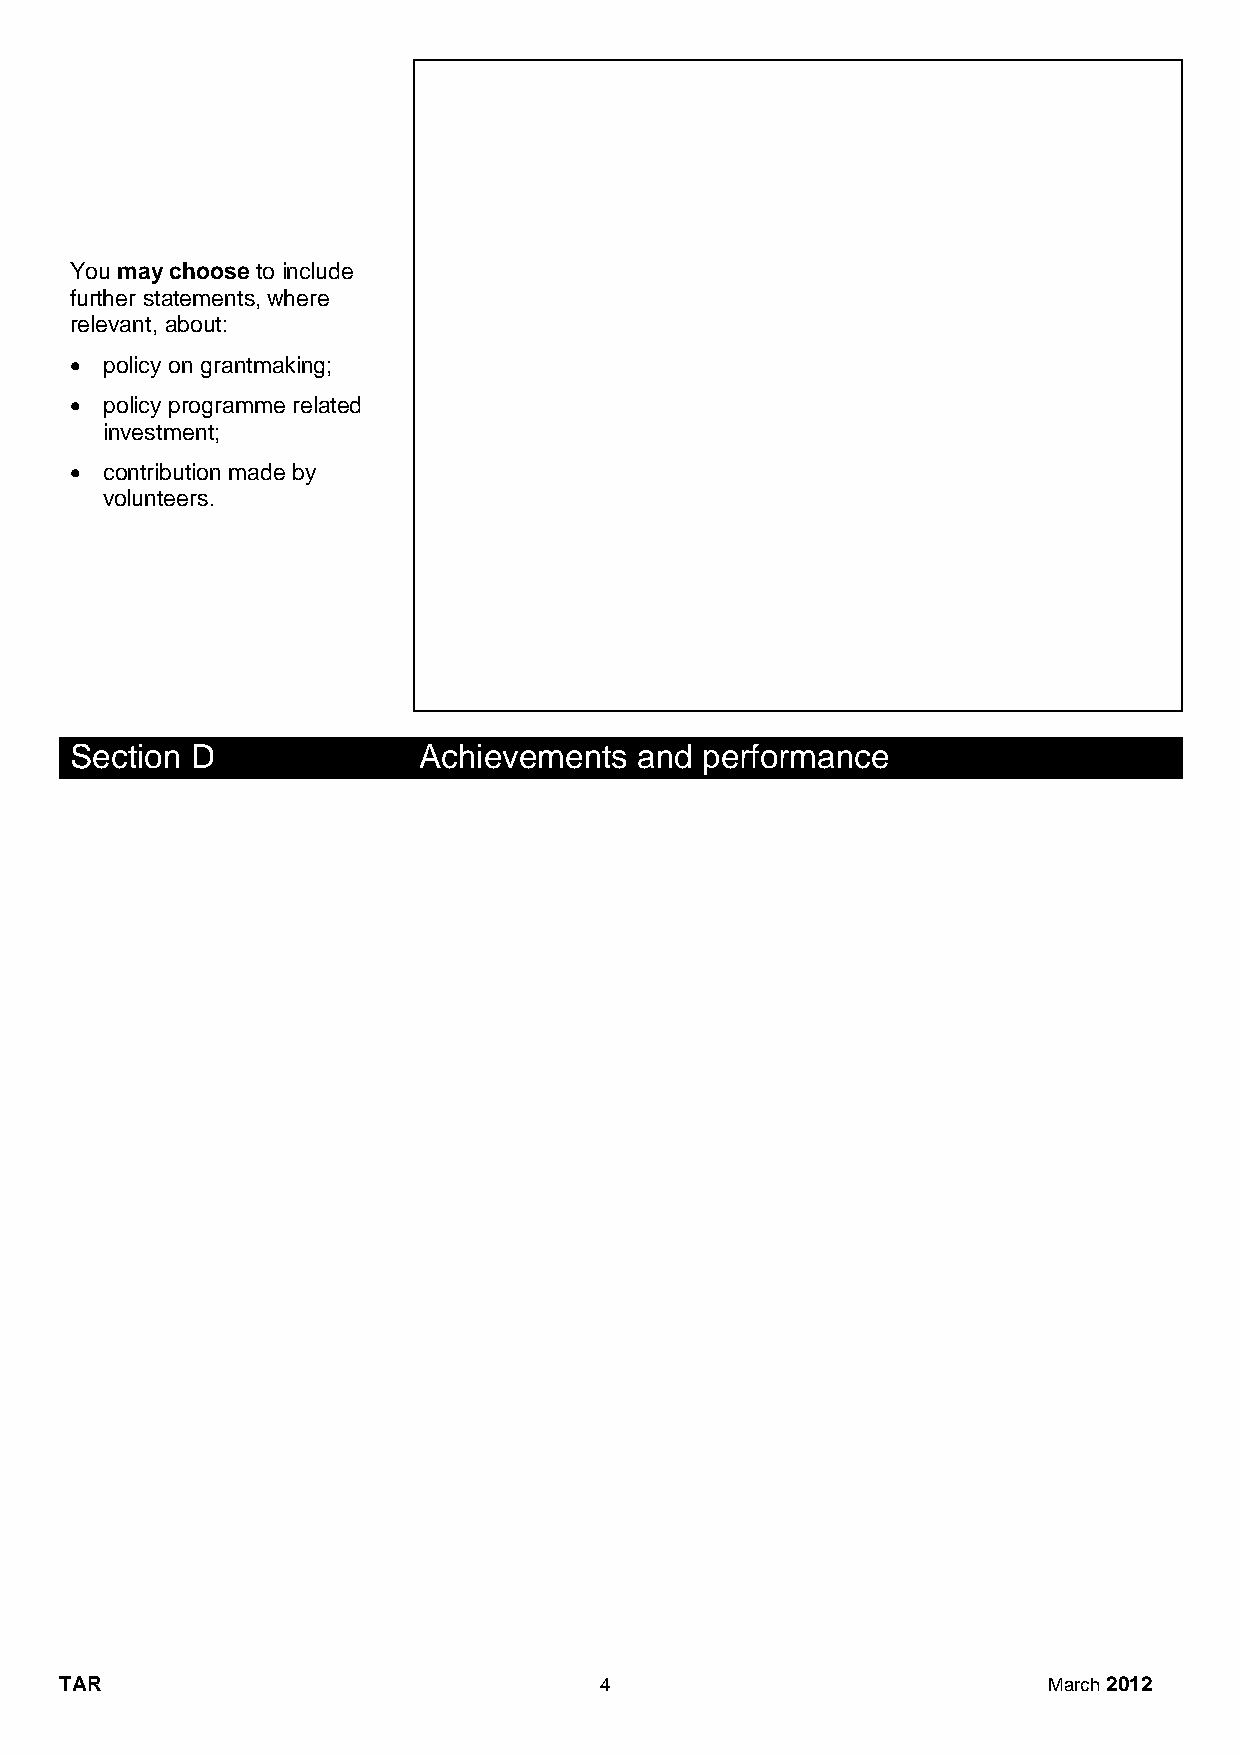
You may choose to include
 further statements, where
 relevant, about:
  policy on grantmaking;
  policy programme related
 investment;
  contribution made by
 volunteers.
 Section D              Achievements  and performance
 TAR                                 4                            March 2012